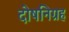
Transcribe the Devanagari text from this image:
दोषनिग्रह